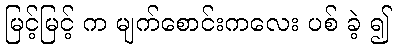
မြင့်မြင့် က မျက်စောင်းကလေး ပစ် ခဲ့ ၍